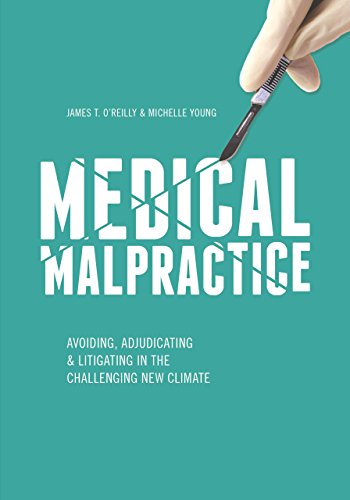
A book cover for Medical Malpractice: Avoiding, Adjudicating & Litigating in the Challenging New Climate; James T. O'Reilly; Law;